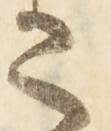
さ